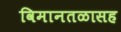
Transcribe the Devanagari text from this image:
विमानतळासह